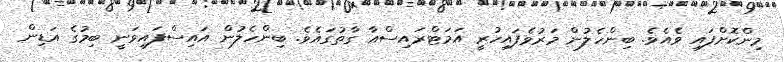
މިންކޮށްފައި ވެއެވެ. ބިންހެލުން މަރުވެފައިހުރީ އަމަޓްރައިސްއާ ގާތުގައެވެ. ބިންހެލުން އައިސްފައިވަނީ ބިމުގެ އަޑިން